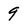
Character: 9